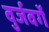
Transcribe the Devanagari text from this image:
वुर्जवर्गे